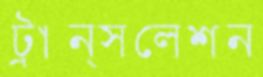
ট্রান্সলেশন